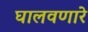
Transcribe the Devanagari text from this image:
घालवणारे